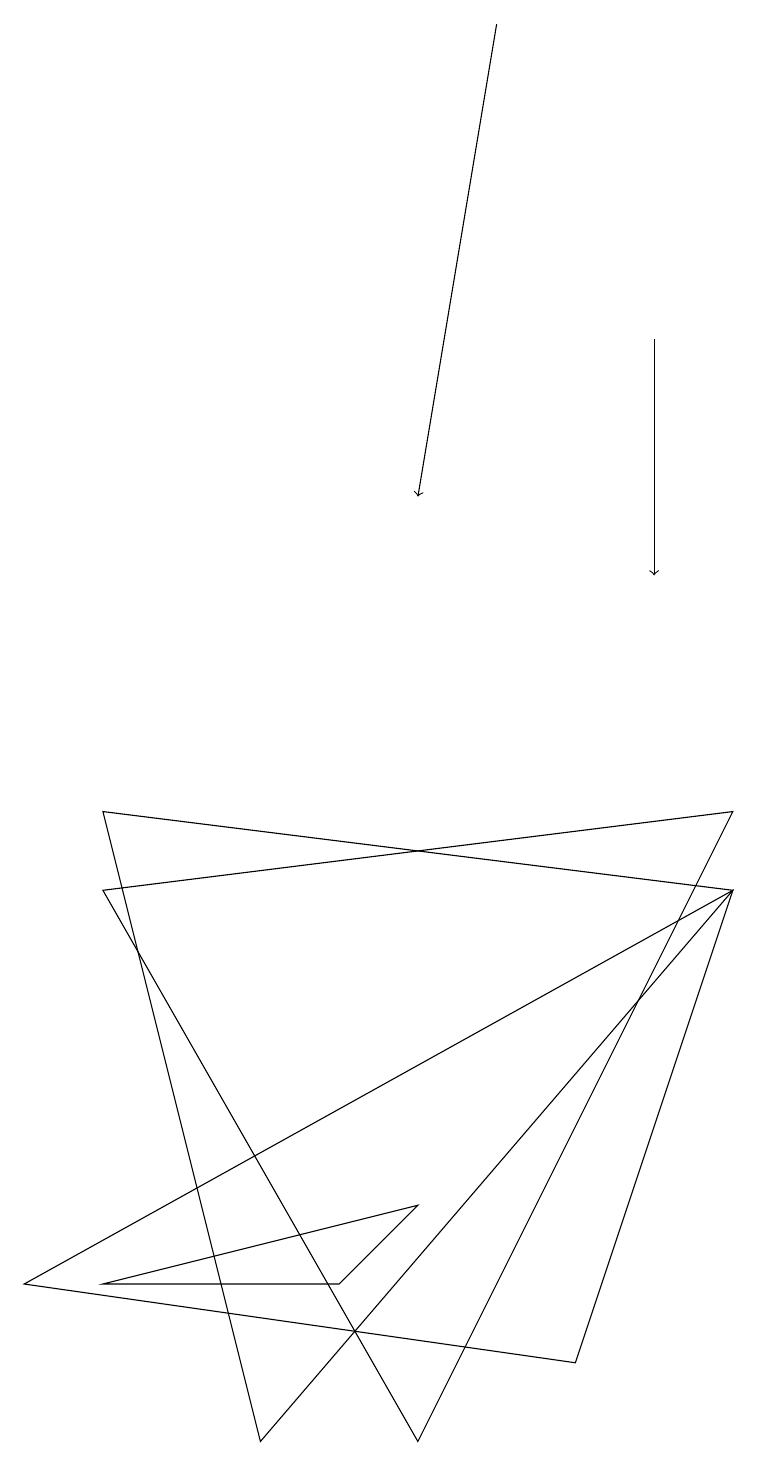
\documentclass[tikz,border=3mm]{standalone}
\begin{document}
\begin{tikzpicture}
\draw (9,8) -- (1,9) -- (3,1) -- cycle;
\draw (5,4) -- (4,3) -- (1,3) -- cycle;
\draw[->] (8,15) -- (8,12);
\draw (0,3) -- (7,2) -- (9,8) -- cycle;
\draw (1,8) -- (5,1) -- (9,9) -- cycle;
\draw[->] (6,19) -- (5,13);
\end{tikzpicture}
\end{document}